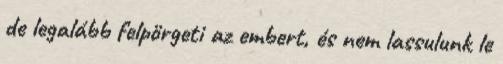
de legalább felpörgeti az embert, és nem lassulunk le